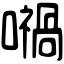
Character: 𡁜